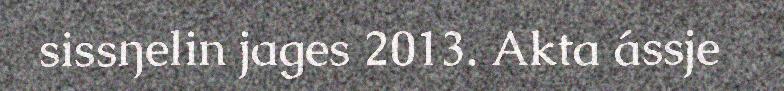
sissŋelin jages 2013. Akta ássje